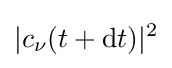
|c_{\nu }(t+\mathrm {d} t)|^{2}